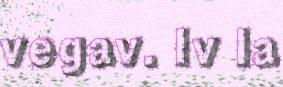
vegav. Iv la